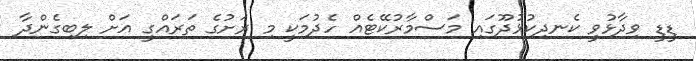
ޑީޑީ ވިދާޅުވީ ކެނދިކުޅުދޫގައި މަސްމާރުކޭޓެއް ހެދުމަކީ މި ރަށުގެ ތަރައްގީ އަށް ލިބިގެންދާ